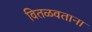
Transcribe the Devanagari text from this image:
वितळवताना